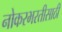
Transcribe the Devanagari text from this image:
नोकरभरतीसाठी